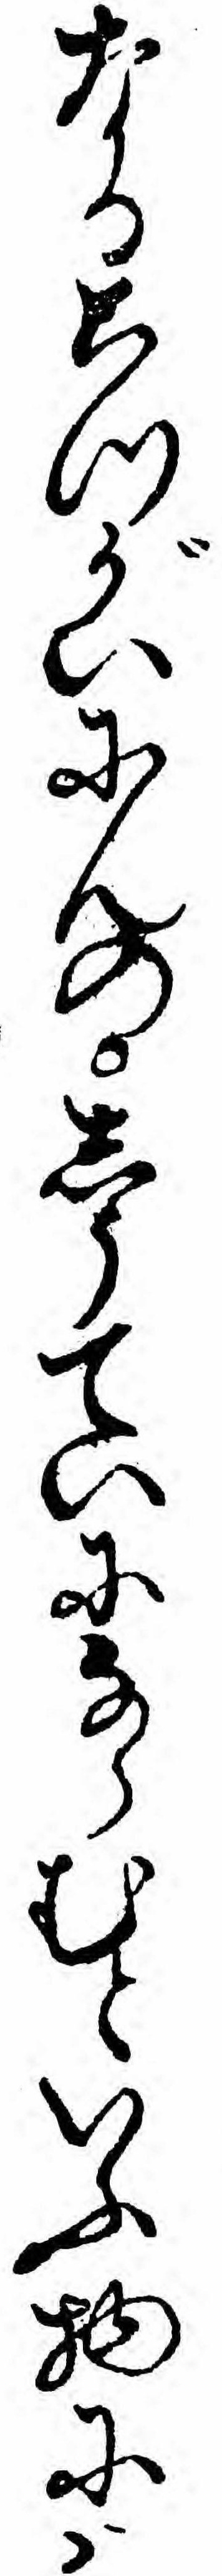
なるこつがいにんのしうていにならむといふ物にハ